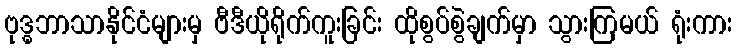
ဗုဒ္ဓဘာသာနိုင်ငံများမှ ဗီဒီယိုရိုက်ကူးခြင်း ထိုစွပ်စွဲချက်မှာ သွားကြမယ် ရုံးကား